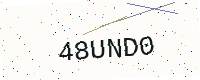
Text: 48UND0